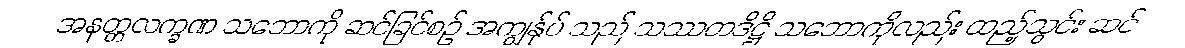
အနတ္တလက္ခဏ သဘောကို ဆင်ခြင်စဉ် အကျွန်ုပ် သည် သဿတဒိဋ္ဌိ သဘောကိုလည်း ထည့်သွင်း ဆင်